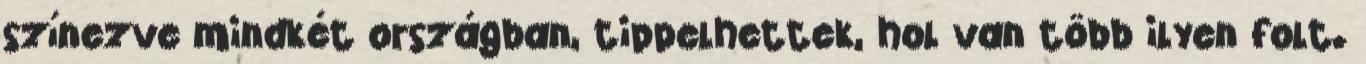
színezve mindkét országban, tippelhettek, hol van több ilyen folt.